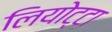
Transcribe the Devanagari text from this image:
लियोट्टा